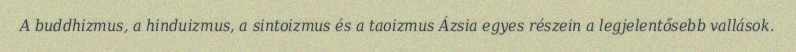
A buddhizmus, a hinduizmus, a sintoizmus és a taoizmus Ázsia egyes részein a legjelentősebb vallások.